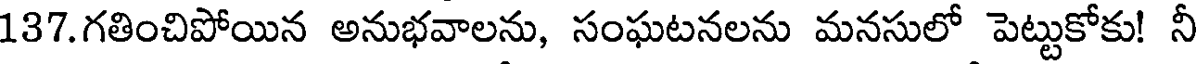
137.గతించిపోయిన అనుభవాలను, సంఘటనలను మనసులో పెట్టుకోకు! నీ